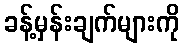
ခန့်မှန်းချက်များကို